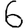
Digit: 6